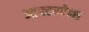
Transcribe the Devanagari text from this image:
आफ्टरपेन्स